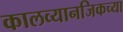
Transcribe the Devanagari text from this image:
कालव्यानजिकच्या